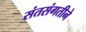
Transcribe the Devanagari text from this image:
संतसंगतीने